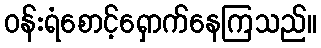
ဝန်းရံစောင့်ရှောက်နေကြသည်။